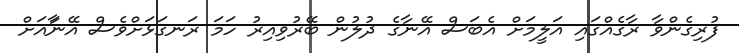
ފުރިގެންވާ ރާގެއްގައި އަލީމަށް އެބަސް އޭނާގެ ދުލުން ބޭރުވިއިރު ހަމަ ރަނގަޅަށްވެސް އޭނާައަށް